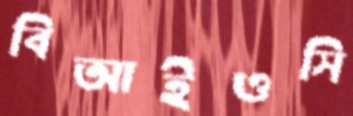
বিআইওসি